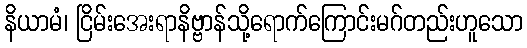
နိယာမံ၊ ငြိမ်းအေးရာနိဗ္ဗာန်သို့ရောက်ကြောင်းမဂ်တည်းဟူသော